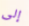
إلى